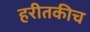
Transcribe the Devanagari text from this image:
हरीतकीच